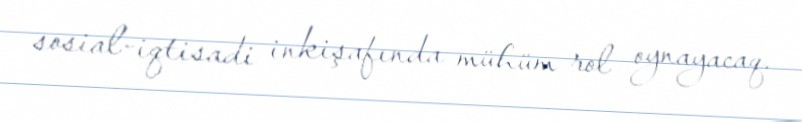
sosial-iqtisadi inkişafında mühüm rol oynayacaq.